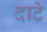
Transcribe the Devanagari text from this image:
दाटे